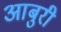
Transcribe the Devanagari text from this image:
आबुरी